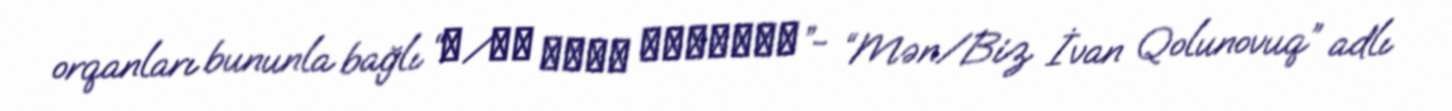
orqanları bununla bağlı “Я/Мы Иван Голунов”- “Mən/Biz İvan Qolunovuq” adlı